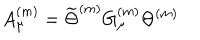
A _ { \mu } ^ { ( m ) } = \widetilde { \Theta } ^ { ( m ) } G _ { \mu } ^ { ( m ) } \Theta ^ { ( m ) }